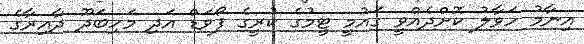
އިނާމު ހަވާލު ކޮށްދެއްވީ ގައުމީ ޓީމުގެ ކުރީގެ ފޯވަޑް އަދި މަހިބަދޫ ދާއިރާގެ